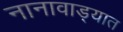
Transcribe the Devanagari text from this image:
नानावाड्यात